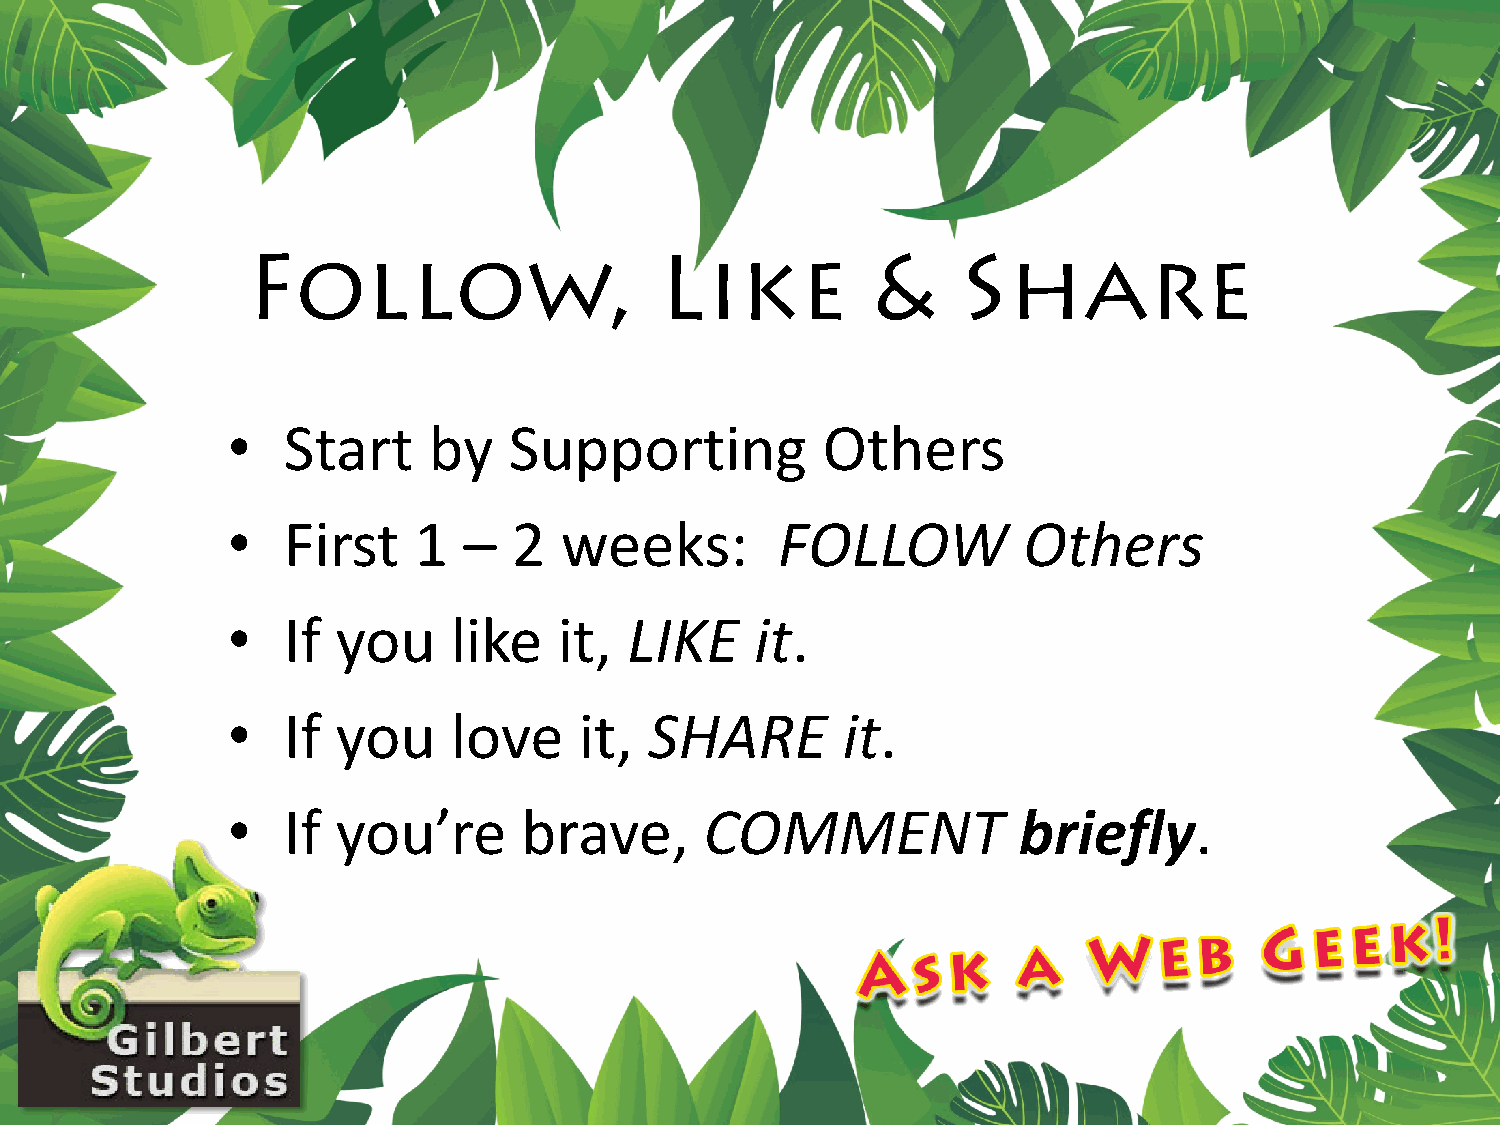
Follow,                     Like          &     Share
 •   Start    by    Supporting          Others
 •   First   1   –  2  weeks:        FOLLOW           Others
 •   If you     like   it,  LIKE    it.
 •   If you     love    it,  SHARE        it.
 •   If you’re       brave,      COMMENT             briefly.